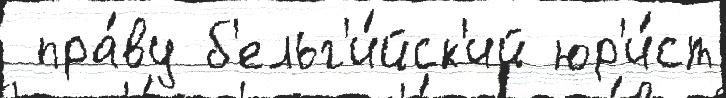
 пра́ву б'ельг'и́йск'ий юр'и́ст